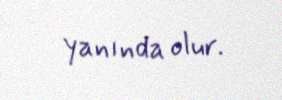
yanında olur.